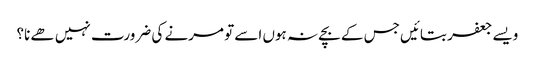
ویسے جعفر بتائیں جس کے بچے نہ ہوں اسے تو مرنے کی ضرورت نہیں ھے نا؟